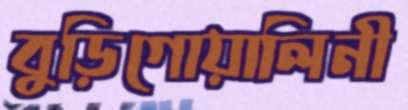
বুড়িগোয়ালিনী